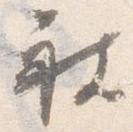
被